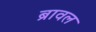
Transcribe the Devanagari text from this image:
ब्रावल